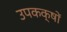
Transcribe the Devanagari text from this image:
उपकक्षों